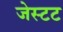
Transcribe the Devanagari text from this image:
जेस्टट